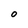
Character: O